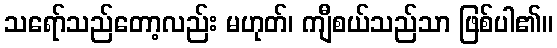
သရော်သည်တော့လည်း မဟုတ်၊ ကျီစယ်သည်သာ ဖြစ်ပါ၏။